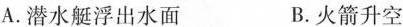
A.潜水艇浮出水面 B.火箭升空